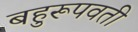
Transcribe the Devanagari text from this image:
बहुरूपवती